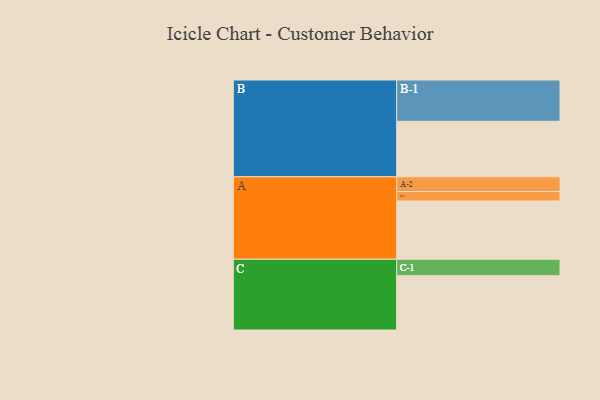
{"axis": {"x": "Segment", "y": "Value"}, "legend": ["", "A", "B", "C"], "data": [{"x": "A", "y": 340, "type": ""}, {"x": "B", "y": 324, "type": ""}, {"x": "C", "y": 317, "type": ""}, {"x": "A-1", "y": 55, "type": "A"}, {"x": "A-2", "y": 86, "type": "A"}, {"x": "B-1", "y": 241, "type": "B"}, {"x": "C-1", "y": 96, "type": "C"}]}